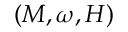
( M , \omega , H )